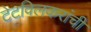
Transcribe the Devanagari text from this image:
टेटविलकरांची